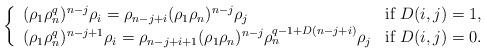
LaTeX: \begin{align*} \left\{ \begin{array}{ll}(\rho_1\rho_n^q)^{n-j} \rho_i=\rho_{n-j+i} (\rho_1\rho_n)^{n-j} \rho_j & \mbox{if~} D(i,j)=1,\\ (\rho_1\rho_n^q)^{n-j+1} \rho_i=\rho_{n-j+i+1} (\rho_1\rho_n)^{n-j} \rho_n^{q-1+D(n-j+i)} \rho_j & \mbox{if~} D(i,j)=0.\\\end{array}\right.\end{align*}